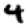
Digit: 4